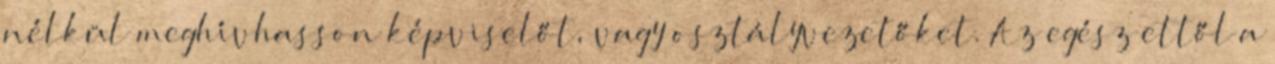
nélkül meghívhasson képviselőt, vagy osztályvezetőket. Az egész ettől a